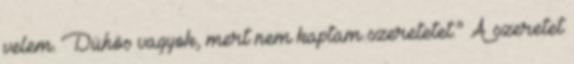
velem. Dühös vagyok, mert nem kaptam szeretetet.” A szeretet